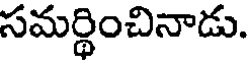
సమర్ధించినాడు.